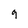
Character: 9